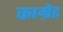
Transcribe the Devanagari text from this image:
काम्रेड